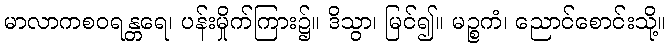
မာလာကစဝရန္တရေ၊ ပန်းမှိုက်ကြား၌။ ဒိသွာ၊ မြင်၍။ မဉ္စကံ၊ ညောင်စောင်းသို့။